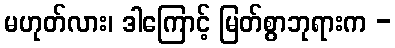
မဟုတ်လား၊ ဒါကြောင့် မြတ်စွာဘုရားက -